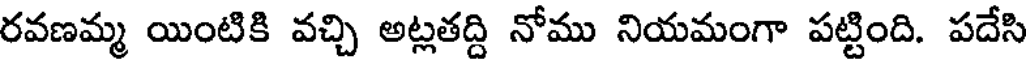
రవణమ్మ యింటికి వచ్చి అట్లతద్ది నోము నియమంగా పట్టింది. పదేసి